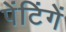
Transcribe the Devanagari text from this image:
पेंटिंगें